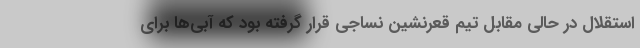
استقلال در حالی مقابل تیم قعرنشین نساجی قرار گرفته بود که آبی‌ها برای